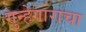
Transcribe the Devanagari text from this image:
गुन्हेगाराचा